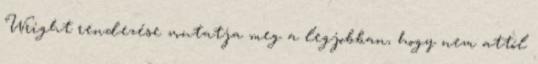
Wright rendezése mutatja meg a legjobban, hogy nem attól